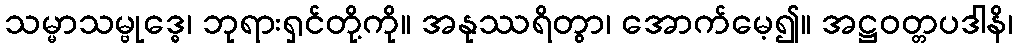
သမ္မာသမ္ဗုဒ္ဓေ၊ ဘုရားရှင်တို့ကို။ အနုဿရိတွာ၊ အောက်မေ့၍။ အဋ္ဌဝတ္တပဒါနိ၊